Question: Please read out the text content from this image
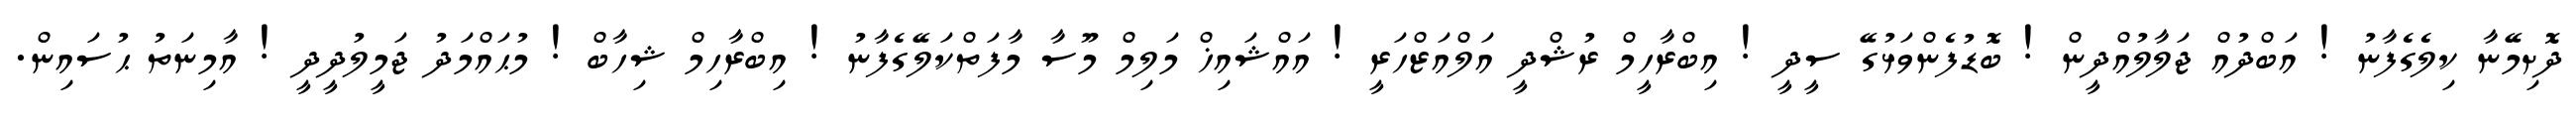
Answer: ދޮށިމޭނާ ކިލެގެފާނު ! އަބްދުއް ޖަލާލުއްދީން ! ބޮޑުފެންވަޅުގޭ ސީދީ ! އިބްރާހީމް ރުޝްދީ އަލްއަޒްހަރީ ! އައްޝައިޚް މަލިމް މޫސާ މާފަތްކަލޭގެފާނު ! އިބްރާހިމް ޝިހާބް ! މުޙައްމަދު ޖަމީލުދީދީ ! އާމިނަތު ޙުސައިން.